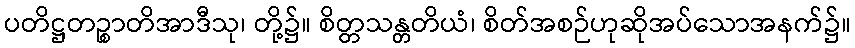
ပတိဋ္ဌတဉ္စာတိအာဒီသု၊ တို့၌။ စိတ္တသန္တတိယံ၊ စိတ်အစဉ်ဟုဆိုအပ်သောအနက်၌။